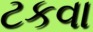
ટકવા